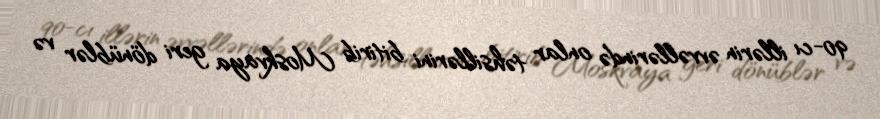
90-cı illərin əvvəllərində onlar təhsillərini bitirib Moskvaya geri dönüblər və